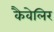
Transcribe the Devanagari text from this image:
कैवेलिर